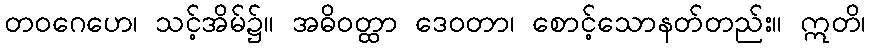
တဝဂေဟေ၊ သင့်အိမ်၌။ အဓိဝတ္ထာ ဒေဝတာ၊ စောင့်သောနတ်တည်း။ ဣတိ၊